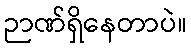
ဉာဏ်ရှိနေတာပဲ။